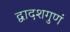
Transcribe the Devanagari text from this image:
द्वादशगुणं